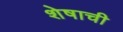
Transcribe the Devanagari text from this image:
शेषाची